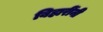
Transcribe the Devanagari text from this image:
बिहारींनी